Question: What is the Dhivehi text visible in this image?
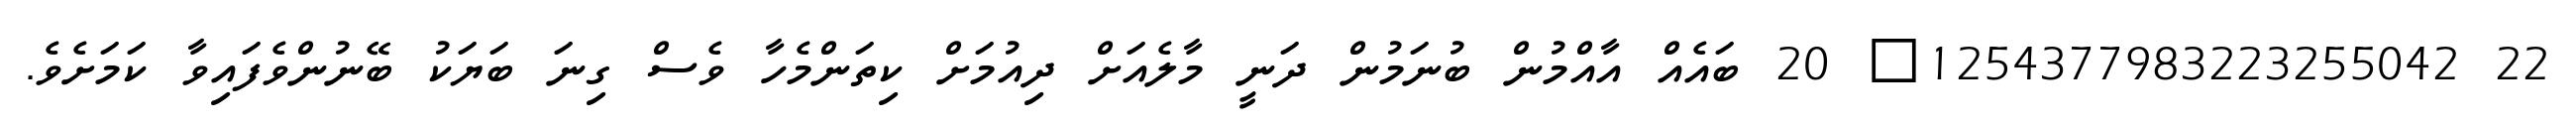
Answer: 22 1254377983223255042? 20 ބައެއް އާއްމުން ބުނަމުން ދަނީ މާލެއަށް ދިއުމަށް ކިތަންމެހާ ވެސް ގިނަ ބަޔަކު ބޭނުންވެފައިވާ ކަމަށެވެ.